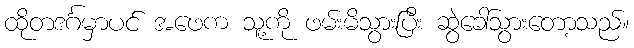
ထိုတဒင်္ဂမှာပင် အဖေက သူ့ကို ဖမ်းမိသွားပြီး ဆွဲခေါ်သွားတော့သည်။